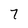
Character: 7